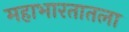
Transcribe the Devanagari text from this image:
महाभारतातला